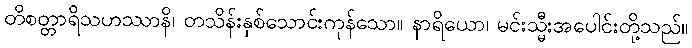
တိစတ္တာရိသဟဿာနိ၊ တသိန်းနှစ်သောင်းကုန်သော။ နာရိယော၊ မင်းသ္မီးအပေါင်းတို့သည်။